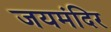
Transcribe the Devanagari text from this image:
जयमंदिर